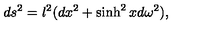
d s ^ { 2 } = l ^ { 2 } ( d x ^ { 2 } + \sinh ^ { 2 } x d \omega ^ { 2 } ) ,